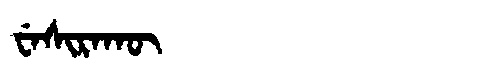
Manchu: ᠸᡝᠰᡳᡵᠠᡴᡡ
Romanization: WESIRAKŪ